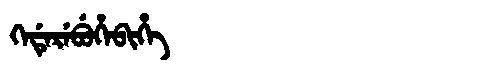
Manchu: ᡴᡝᡩᡝᡵᡝᠪᡠᡥᡝᠪᡳᡥᡝ
Romanization: KEDEREBUHEBIHE